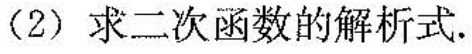
(2) 求二次函数的解析式。